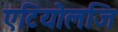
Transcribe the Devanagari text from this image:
एटियोलजि